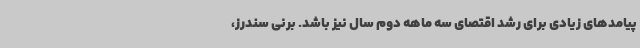
پیامدهای زیادی برای رشد اقتصای سه ماهه دوم سال نیز باشد. برنی سندرز،